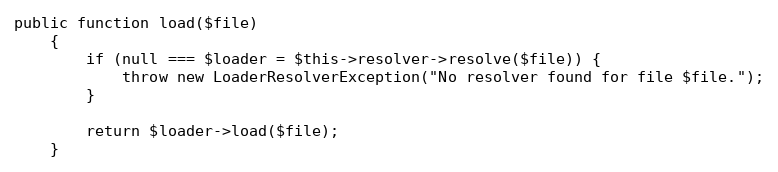
Language: PHP
public function load($file)
    {
        if (null === $loader = $this->resolver->resolve($file)) {
            throw new LoaderResolverException("No resolver found for file $file.");
        }

        return $loader->load($file);
    }